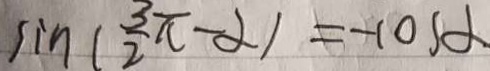
\sin ( \frac { 3 \pi } { 2 } - \alpha ) = - \cos \alpha